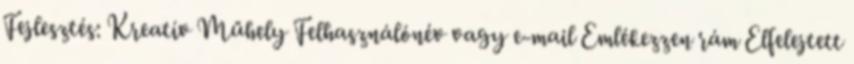
Fejlesztés: Kreatív Műhely Felhasználónév vagy e-mail Emlékezzen rám Elfelejtett